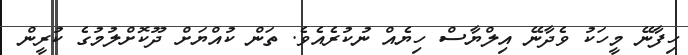
ހިފާނޭ މީހަކު ވެދާނޭ އިލްޔާސް ހިޔެއް ނުކުރެއެވެ. ތަން ކުއްޔަށް ދޫކޮށްލުމުގެ ކުރީން